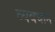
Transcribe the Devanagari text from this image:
व्‍यवधान